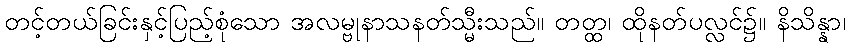
တင့်တယ်ခြင်းနှင့်ပြည့်စုံသော အလမ္ဗုနာသနတ်သ္မီးသည်။ တတ္ထ၊ ထိုနတ်ပလ္လင်၌။ နိသိန္နာ၊